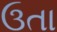
ઉતા